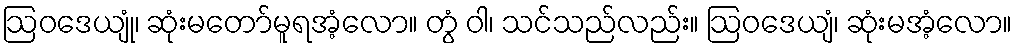
ဩဝဒေယျုံ၊ ဆုံးမတော်မူရအံ့လော။ တွံ ဝါ၊ သင်သည်လည်း။ ဩဝဒေယျံ၊ ဆုံးမအံ့လော။